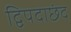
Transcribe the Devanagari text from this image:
द्विपदाछंद